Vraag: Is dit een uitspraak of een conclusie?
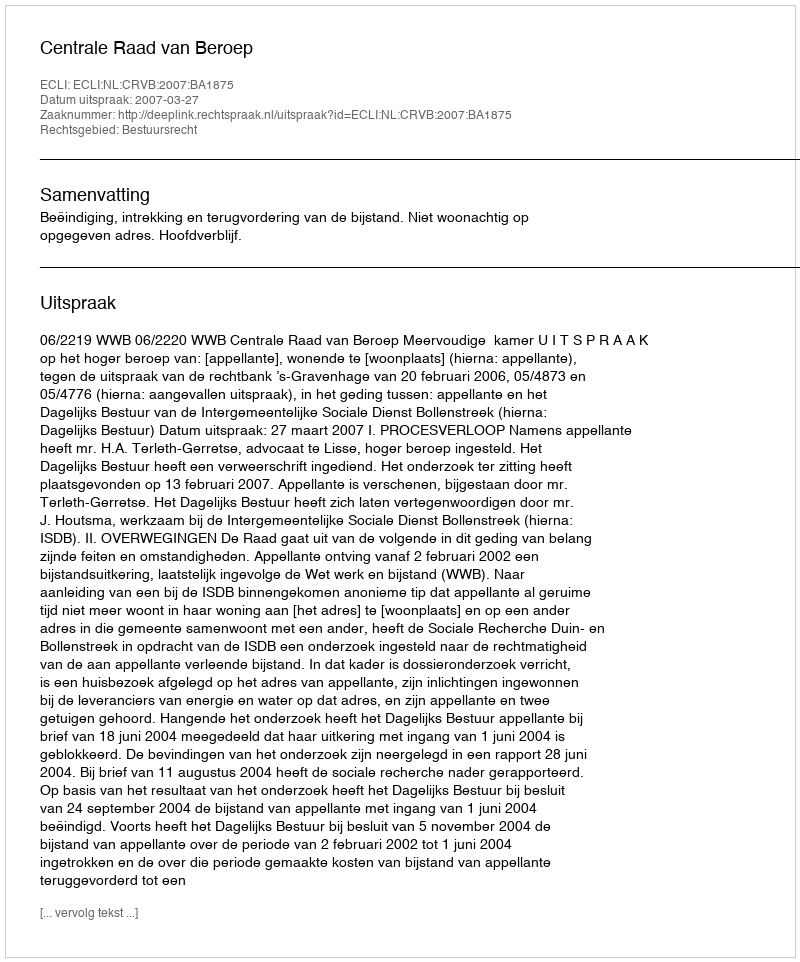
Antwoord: Uitspraak